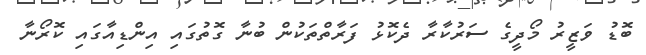
ބޮޑު ވަޒީރު މޯދީގެ ސަރުކާރާ ދެކޮޅު ފަރާތްތަކުން ބުނާ ގޮތުގައި އިންޑިއާގައި ކޮރޯނާ